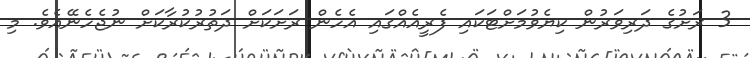
3 ރަށުގެ ދަރިވަރުން ކިޔެވުމަށްޓަކައި ފެރީއެއްގައި އެހެން ރަށަކަށް ދަތުރުކުރާކަށް ނުޖެހެނޭއެވެ. މި